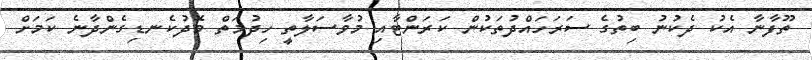
ތޫފާނާ އެކު ދެކުނު ބިތުގެ ސަރަހައްދުތަކުން ކަރަންޓާއި މުވާސަލާތީ ހިދުމަތް މެދުކެނޑިގެންދާނެ ކަމަށް